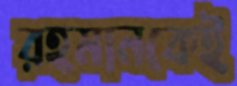
রহমানকেই